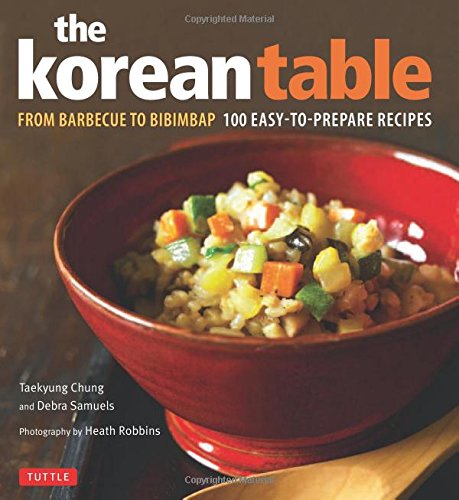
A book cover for The Korean Table: From Barbecue to Bibimbap 100 Easy-To-Prepare Recipes; Debra Samuels; Cookbooks, Food & Wine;